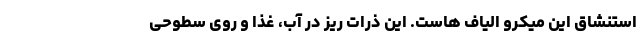
استنشاق این میکرو الیاف هاست. این ذرات ریز در آب، غذا و روی سطوحی